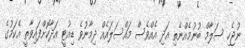
ނުޖެހި ސަލާމް ބުނުމެއްނެތި އަދި އެއްވެސް މައްސަލައެއް ދިމާނުވެ ޑިއުޓީ އަދާކޮށްފައިވާތީ އެކަމުގެ